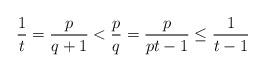
LaTeX: \begin{align*}\frac{1}{t} = \frac{p}{q+1} < \frac{p}{q} = \frac{p}{pt-1} \leq \frac{1}{t-1}\end{align*}